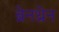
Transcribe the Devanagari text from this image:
ब्रेनथ्रेन